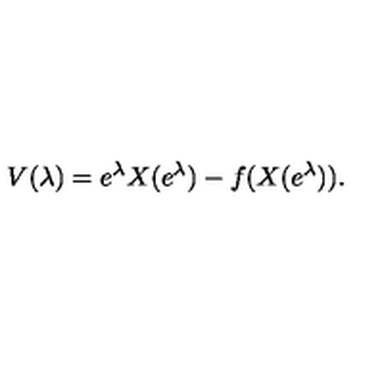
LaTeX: V ( \lambda ) = e ^ { \lambda } X ( e ^ { \lambda } ) - f ( X ( e ^ { \lambda } ) ) .